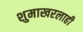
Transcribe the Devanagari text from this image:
शुमाखरलाही